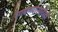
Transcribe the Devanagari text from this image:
रंगवण्यासाठीही